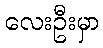
လေးဦးမှာ